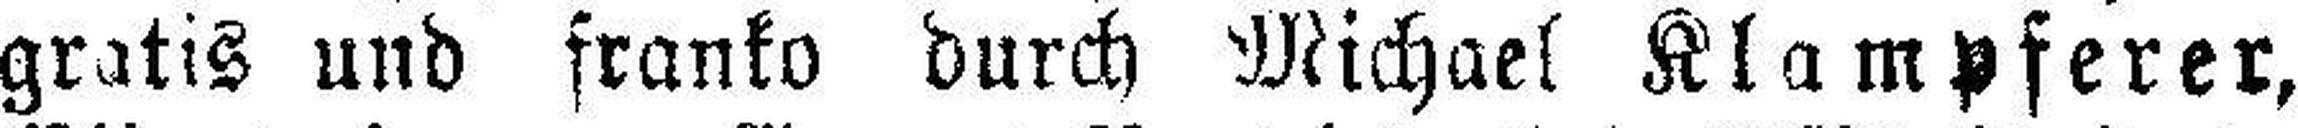
gratis und franko durch Michael Klampferer,